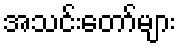
အသင်းတော်များ